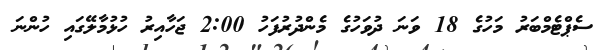
ސެޕްޓެމްބަރު މަހުގެ 18 ވަނަ ދުވަހުގެ މެންދުރުފަހު 2:00 ޖަހާއިރު ހުޅުމާލޭގައި ހުންނަ